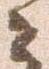
々